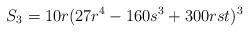
LaTeX: \begin{align*}S_3=10 r (27 r^4 - 160 s^3 + 300 r s t)^3\end{align*}